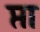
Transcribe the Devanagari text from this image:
प्ता